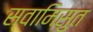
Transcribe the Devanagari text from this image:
स्वामिसुत